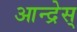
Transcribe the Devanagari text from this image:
आन्द्रेस्